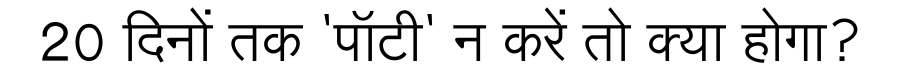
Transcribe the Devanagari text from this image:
20 दिनों तक 'पॉटी' न करें तो क्या होगा?